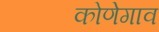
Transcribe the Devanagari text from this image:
कोणेगाव